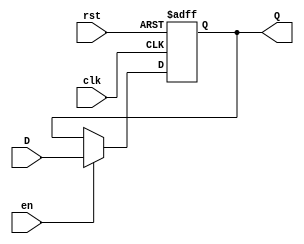
//FlipFloptipoD 1bits
module FFD1B (input wire clk, rst, en,
            input wire D, 
            output reg Q);
            always @ (posedge clk or posedge rst) begin
            if (rst) begin
            Q <= 1'b0;
            end
            else if(en) begin
            Q <= D;
            end
            end
endmodule

module FFD2B(
      input wire clk, rst, en,
      input wire [1:0]D, 
      output wire [1:0]Q
      );

      FFD1B r0(clk, rst, en, D[0], Q[0]);
      FFD1B r1(clk, rst, en, D[1], Q[1]);

endmodule

module FFD4B(
      input wire clk, rst, en,
      input wire [3:0]D, 
      output wire [3:0]Q
      );

      FFD2B r2(clk, rst, en, D[1:0], Q[1:0]);
      FFD2B r3(clk, rst, en, D[3:2], Q[3:2]);

endmodule